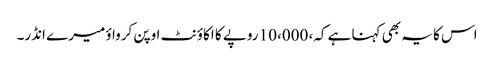
اس کا یہ بھی کہنا ہے کہ، 10،000 روپے کا اکاؤنٹ اوپن کرواؤ میرے انڈر۔